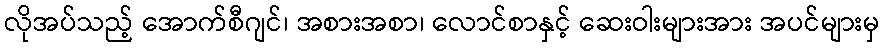
လိုအပ်သည့် အောက်စီဂျင်၊ အစားအစာ၊ လောင်စာနှင့် ဆေးဝါးများအား အပင်များမှ